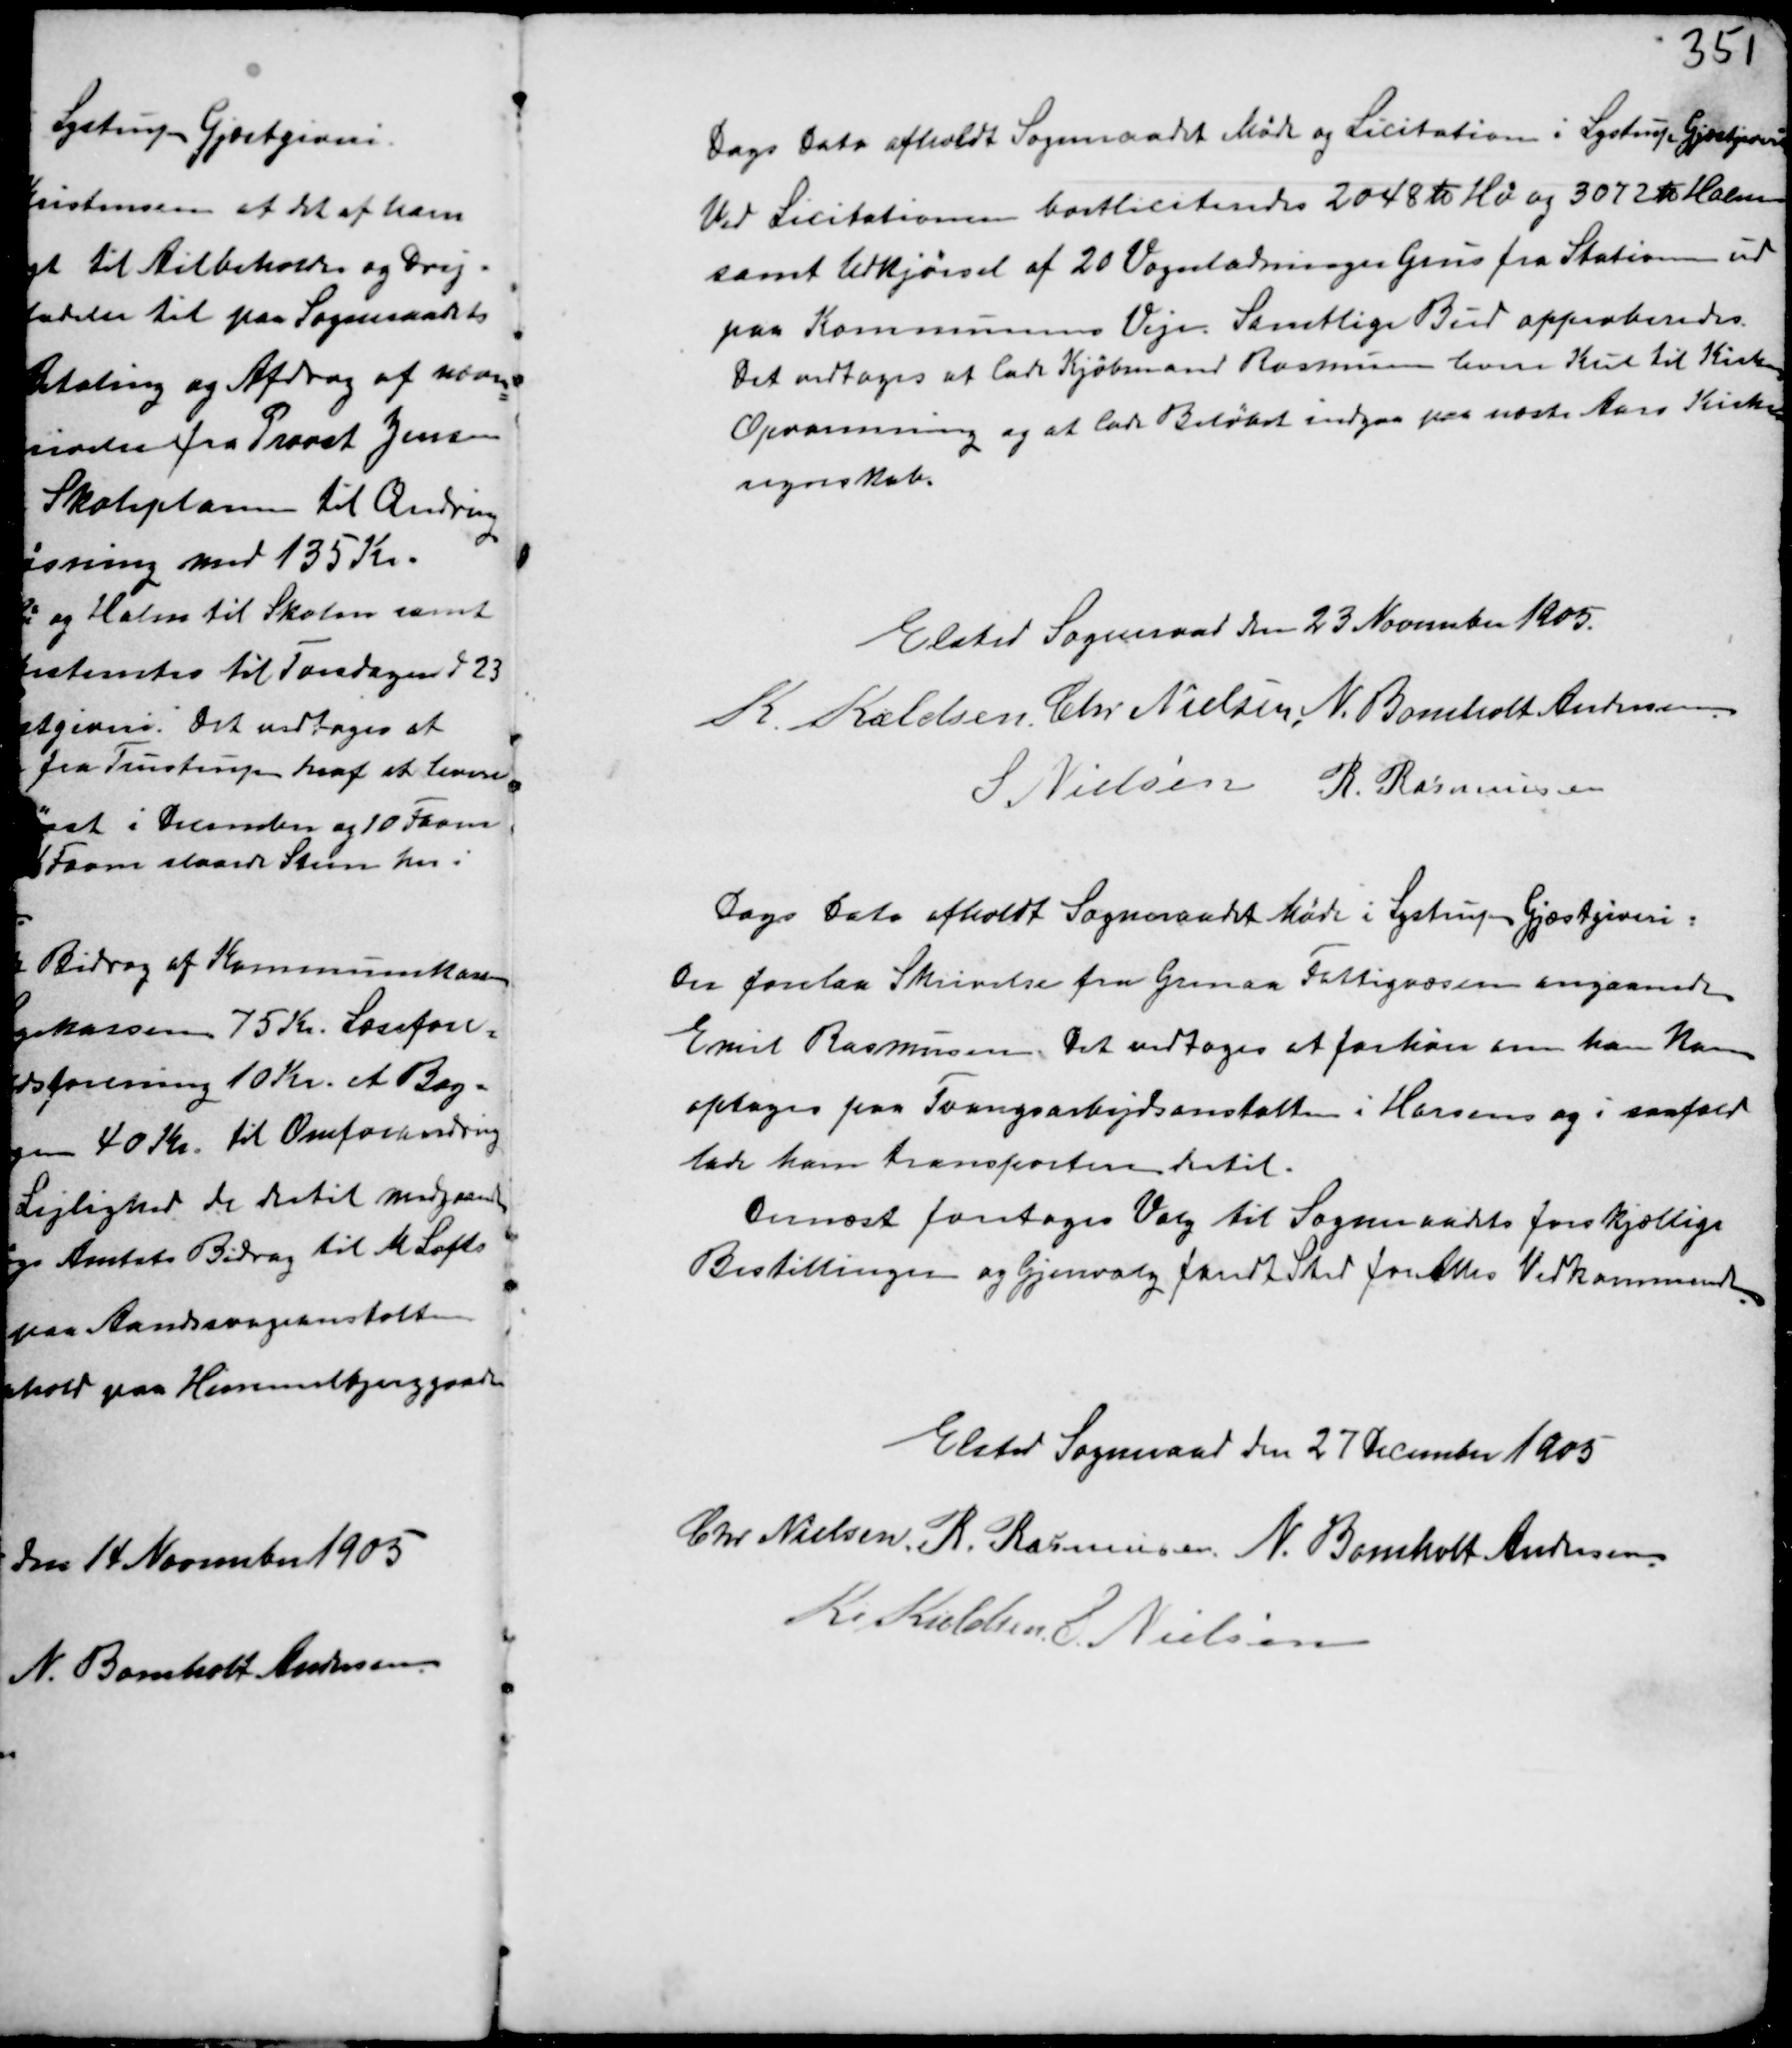
Transskription:
Dags Dato afholdt Sogneraadet Møde og Licitation i Lystrup Gjæstgiveri
Ved Licitationen bortliciteredes 2048 to Hø og 3072 to Halm
samt Udkørsel af 20 Vognladninger Grus fra Stationen ud
paa Kommunens Veje. Samtlige Bud approberedes.
Det vedtoges at lade Kjøbmand Rasmussen levere Kul til Kirkens
Opvarmning og at lade Beløbet indgaa paa næste Aars Kirke-
regnskab.

Elsted Sogneraad den 23 November 1905.
K. Kieldsen Chr Nielsen N. Bomholt Andersen
S Nielsen R. Rasmussen

Dags Dato afholdt Sogneraadet Møde i Lystrup Gjæstgiveri.
Der forelaa Skrivelse fra Grenaa Fattigvæsen angaaende
Emil Rasmussen. Det vedtoges at forhøre om han kan
optages paa Tvangsarbejdsanstalten i Horsens og i saafald
lade ham transportere dertil.
Dernæst foretoges Valg til Sogneraadets forskjellige
Bestillinger og Gjenvalg fandt Sted for Alles Vedkommende.

Elsted Sogneraade den 27 December 1905
Chr Nielsen R. Rasmussen N. Bomholt Andersen
K Kieldsen S. Nielsen